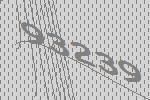
93239